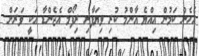
އެހެން ކަމުން އިއްޔެ އާންމު ކުރި ވިޔަފާރި ރިފޯމް އެޖެންޑާ އަކީ ވަރަށް